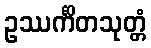
ဥဿင်္ကိတသုတ္တံ